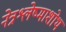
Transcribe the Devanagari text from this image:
नेत्रश्लेष्माशोथ